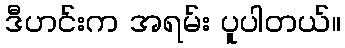
ဒီဟင်းက အရမ်း ပူပါတယ်။